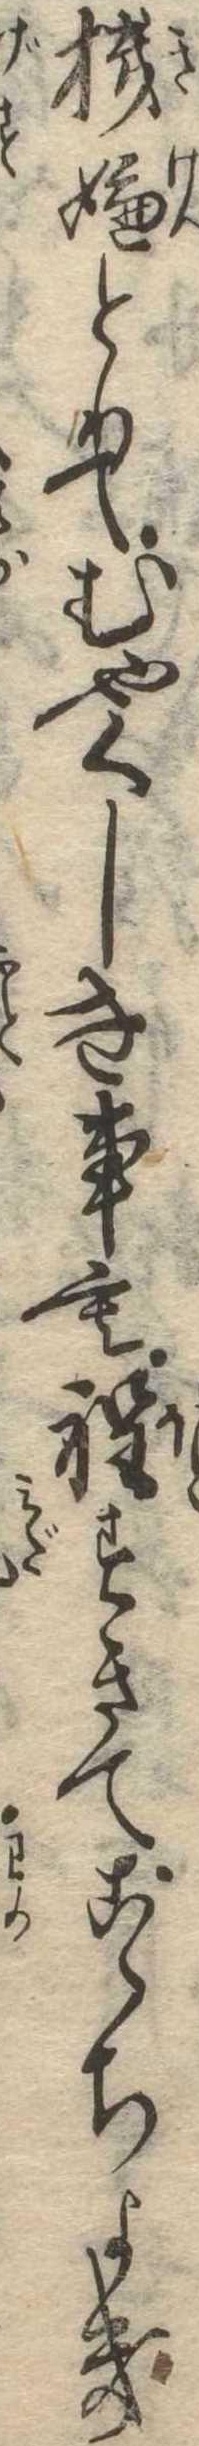
機嫌とりてむやくしき事も程すきてこゝちよき